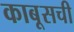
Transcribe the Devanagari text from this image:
काबूसची